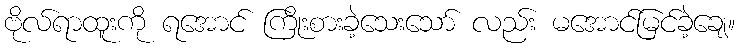
ဗိုလ်ရာထူးကို ရအောင် ကြိုးစားခဲ့သေးသော် လည်း မအောင်မြင်ခဲ့ချေ။